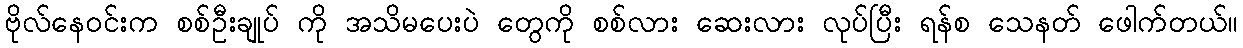
ဗိုလ်နေဝင်းက စစ်ဦးချုပ် ကို အသိမပေးပဲ တွေကို စစ်လား ဆေးလား လုပ်ပြီး ရန်စ သေနတ် ဖေါက်တယ်။